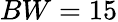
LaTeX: BW=15